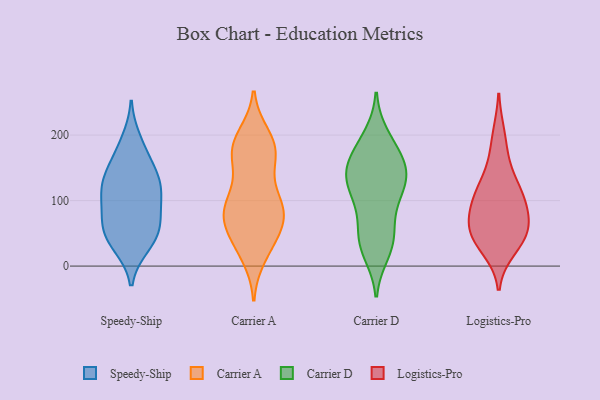
{"axis": {"x": "Churn Rate (%)", "y": "Value"}, "legend": ["Carrier A", "Carrier D", "Logistics-Pro", "Speedy-Ship"], "data": [{"x": "", "y": 71, "type": "Speedy-Ship"}, {"x": "", "y": 52, "type": "Speedy-Ship"}, {"x": "", "y": 32, "type": "Speedy-Ship"}, {"x": "", "y": 100, "type": "Speedy-Ship"}, {"x": "", "y": 174, "type": "Speedy-Ship"}, {"x": "", "y": 128, "type": "Speedy-Ship"}, {"x": "", "y": 143, "type": "Speedy-Ship"}, {"x": "", "y": 80, "type": "Speedy-Ship"}, {"x": "", "y": 192, "type": "Speedy-Ship"}, {"x": "", "y": 149, "type": "Speedy-Ship"}, {"x": "", "y": 53, "type": "Speedy-Ship"}, {"x": "", "y": 56, "type": "Speedy-Ship"}, {"x": "", "y": 111, "type": "Speedy-Ship"}, {"x": "", "y": 126, "type": "Speedy-Ship"}, {"x": "", "y": 113, "type": "Speedy-Ship"}, {"x": "", "y": 31, "type": "Speedy-Ship"}, {"x": "", "y": 78, "type": "Carrier A"}, {"x": "", "y": 50, "type": "Carrier A"}, {"x": "", "y": 181, "type": "Carrier A"}, {"x": "", "y": 166, "type": "Carrier A"}, {"x": "", "y": 198, "type": "Carrier A"}, {"x": "", "y": 119, "type": "Carrier A"}, {"x": "", "y": 172, "type": "Carrier A"}, {"x": "", "y": 16, "type": "Carrier A"}, {"x": "", "y": 34, "type": "Carrier A"}, {"x": "", "y": 87, "type": "Carrier A"}, {"x": "", "y": 164, "type": "Carrier A"}, {"x": "", "y": 70, "type": "Carrier A"}, {"x": "", "y": 77, "type": "Carrier A"}, {"x": "", "y": 85, "type": "Carrier A"}, {"x": "", "y": 97, "type": "Carrier A"}, {"x": "", "y": 69, "type": "Carrier A"}, {"x": "", "y": 190, "type": "Carrier A"}, {"x": "", "y": 181, "type": "Carrier A"}, {"x": "", "y": 102, "type": "Carrier A"}, {"x": "", "y": 29, "type": "Carrier A"}, {"x": "", "y": 166, "type": "Carrier D"}, {"x": "", "y": 199, "type": "Carrier D"}, {"x": "", "y": 172, "type": "Carrier D"}, {"x": "", "y": 116, "type": "Carrier D"}, {"x": "", "y": 19, "type": "Carrier D"}, {"x": "", "y": 138, "type": "Carrier D"}, {"x": "", "y": 194, "type": "Carrier D"}, {"x": "", "y": 129, "type": "Carrier D"}, {"x": "", "y": 115, "type": "Carrier D"}, {"x": "", "y": 31, "type": "Carrier D"}, {"x": "", "y": 154, "type": "Carrier D"}, {"x": "", "y": 95, "type": "Carrier D"}, {"x": "", "y": 28, "type": "Carrier D"}, {"x": "", "y": 41, "type": "Carrier D"}, {"x": "", "y": 60, "type": "Carrier D"}, {"x": "", "y": 149, "type": "Carrier D"}, {"x": "", "y": 62, "type": "Carrier D"}, {"x": "", "y": 155, "type": "Carrier D"}, {"x": "", "y": 137, "type": "Carrier D"}, {"x": "", "y": 110, "type": "Carrier D"}, {"x": "", "y": 120, "type": "Logistics-Pro"}, {"x": "", "y": 27, "type": "Logistics-Pro"}, {"x": "", "y": 44, "type": "Logistics-Pro"}, {"x": "", "y": 70, "type": "Logistics-Pro"}, {"x": "", "y": 41, "type": "Logistics-Pro"}, {"x": "", "y": 118, "type": "Logistics-Pro"}, {"x": "", "y": 161, "type": "Logistics-Pro"}, {"x": "", "y": 54, "type": "Logistics-Pro"}, {"x": "", "y": 80, "type": "Logistics-Pro"}, {"x": "", "y": 101, "type": "Logistics-Pro"}, {"x": "", "y": 102, "type": "Logistics-Pro"}, {"x": "", "y": 200, "type": "Logistics-Pro"}, {"x": "", "y": 55, "type": "Logistics-Pro"}]}